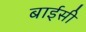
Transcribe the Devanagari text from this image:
बाईसी